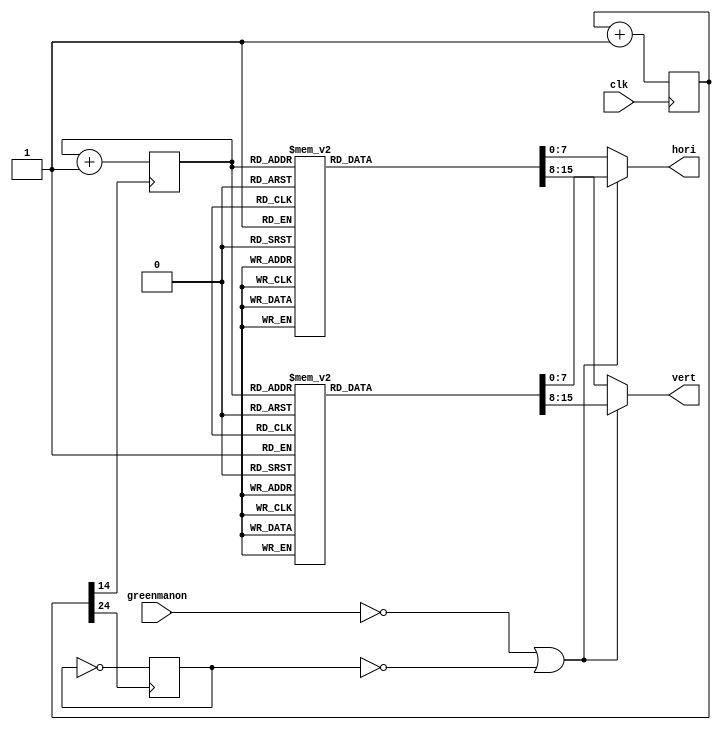
module greenman ( clk, vert, hori, /*AUTOARG*/
		  // Inputs
		  greenmanon
		  );
   //input mode;
   input clk;
   input greenmanon;
   
   output [7:0] vert;
   output [7:0] hori;
   
   reg [7:0] 	vert;
   reg [7:0] 	hori;
   reg [2:0] 	counter;
   reg [24:0] 	clks;
   reg 		mode;
   
   always @ (posedge clk) begin
      clks <= clks + 1'b1;
   end

   always @(posedge clks[24]) begin
      mode <= !mode;
   end
   
   always @ (posedge clks[14]) begin
      counter <= counter + 1'b1;
   end

   always @ (*) begin
      if ((greenmanon == 0) || (mode == 0)) begin
	 case(counter)
	   3'd0: 
	     begin hori = 8'b00000000; vert = 8'b01111111; end
	   3'd1: 
	     begin hori = 8'b00011001; vert = 8'b10111111; end
	   3'd2: 
	     begin hori = 8'b00110011; vert = 8'b11011111; end
	   3'd3: 
	     begin hori = 8'b11111100; vert = 8'b11101111; end
	   3'd4: 
	     begin hori = 8'b11111100; vert = 8'b11110111; end
	   3'd5: 
	     begin hori = 8'b00110011; vert = 8'b11111011; end
	   3'd6: 
	     begin hori = 8'b00011001; vert = 8'b11111101; end
	   3'd7: 
	     begin hori = 8'b00000000; vert = 8'b11111110; end
	   default: begin hori = 8'b00000000; vert = 8'b00000000; end
	 endcase // case (counter)
      end
      else  begin
	 case(counter)
	   3'd0: 
	     begin hori = 8'b00010000; vert = 8'b01111111; end
	   3'd1: 
	     begin hori = 8'b00011001; vert = 8'b10111111; end
	   3'd2: 
	     begin hori = 8'b00110011; vert = 8'b11011111; end
	   3'd3: 
	     begin hori = 8'b11111100; vert = 8'b11101111; end
	   3'd4: 
	     begin hori = 8'b11111100; vert = 8'b11110111; end
	   3'd5: 
	     begin hori = 8'b00110011; vert = 8'b11111011; end
	   3'd6: 
	     begin hori = 8'b00011001; vert = 8'b11111101; end
	   3'd7: 
	     begin hori = 8'b00000000; vert = 8'b11111110; end
	   default: begin hori = 8'b00000000; vert = 8'b00000000; end
	 endcase
      end
   end

   /*
    3'd0: 
    begin hori = 8'b01111111; vert = 8'b00000000; end
    3'd1: 
    begin hori = 8'b10111111; vert = 8'b00011001; end
    3'd2: 
    begin hori = 8'b11011111; vert = 8'b00110011; end
    3'd3: 
    begin hori = 8'b11101111; vert = 8'b11111111; end
    3'd4: 
    begin hori = 8'b11110111; vert = 8'b11111111; end
    3'd5: 
    begin hori = 8'b11111011; vert = 8'b00110011; end
    3'd6: 
    begin hori = 8'b11111101; vert = 8'b00011001; end
    3'd7: 
    begin hori = 8'b11111110; vert = 8'b00000000; end
    */



endmodule